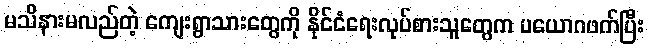
မသိနားမလည်တဲ့ ကျေးရွာသားတွေကို နိုင်ငံရေးလုပ်စားသူတွေက ပယောဂဖက်ပြီး